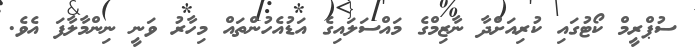
ސުޕްރީމް ކޯޓުގައި ކުރިއަށްދާ ނާޒިމްގެ މައްސަލައިގެ އަޑުއެހުންތައް މިހާރު ވަނީ ނިންމާލާފަ އެވެ.